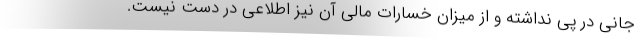
جانی در پی نداشته و از میزان خسارات مالی آن نیز اطلاعی در دست نیست.